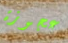
عجوزة